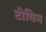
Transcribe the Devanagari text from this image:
टोविम